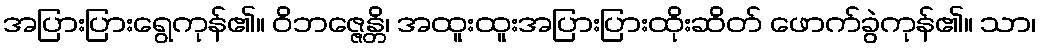
အပြားပြားရွေကုန်၏။ ဝိဘဇ္ဇေန္တိ၊ အထူးထူးအပြားပြားထိုးဆိတ် ဖောက်ခွဲကုန်၏။ သာ၊